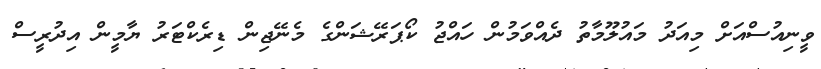
ވީނިއުސްއަށް މިއަދު މައުލޫމާތު ދެއްވަމުން ހައްޖު ކޯޕަރޭޝަންގެ މެނޭޖިން ޑިރެކްޓަރު ޔާމީން އިދުރީސް